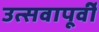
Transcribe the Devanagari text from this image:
उत्सवापूर्वी